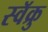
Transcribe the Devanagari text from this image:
स्वॅक्रु